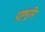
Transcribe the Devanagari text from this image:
प्रष्टभूमि